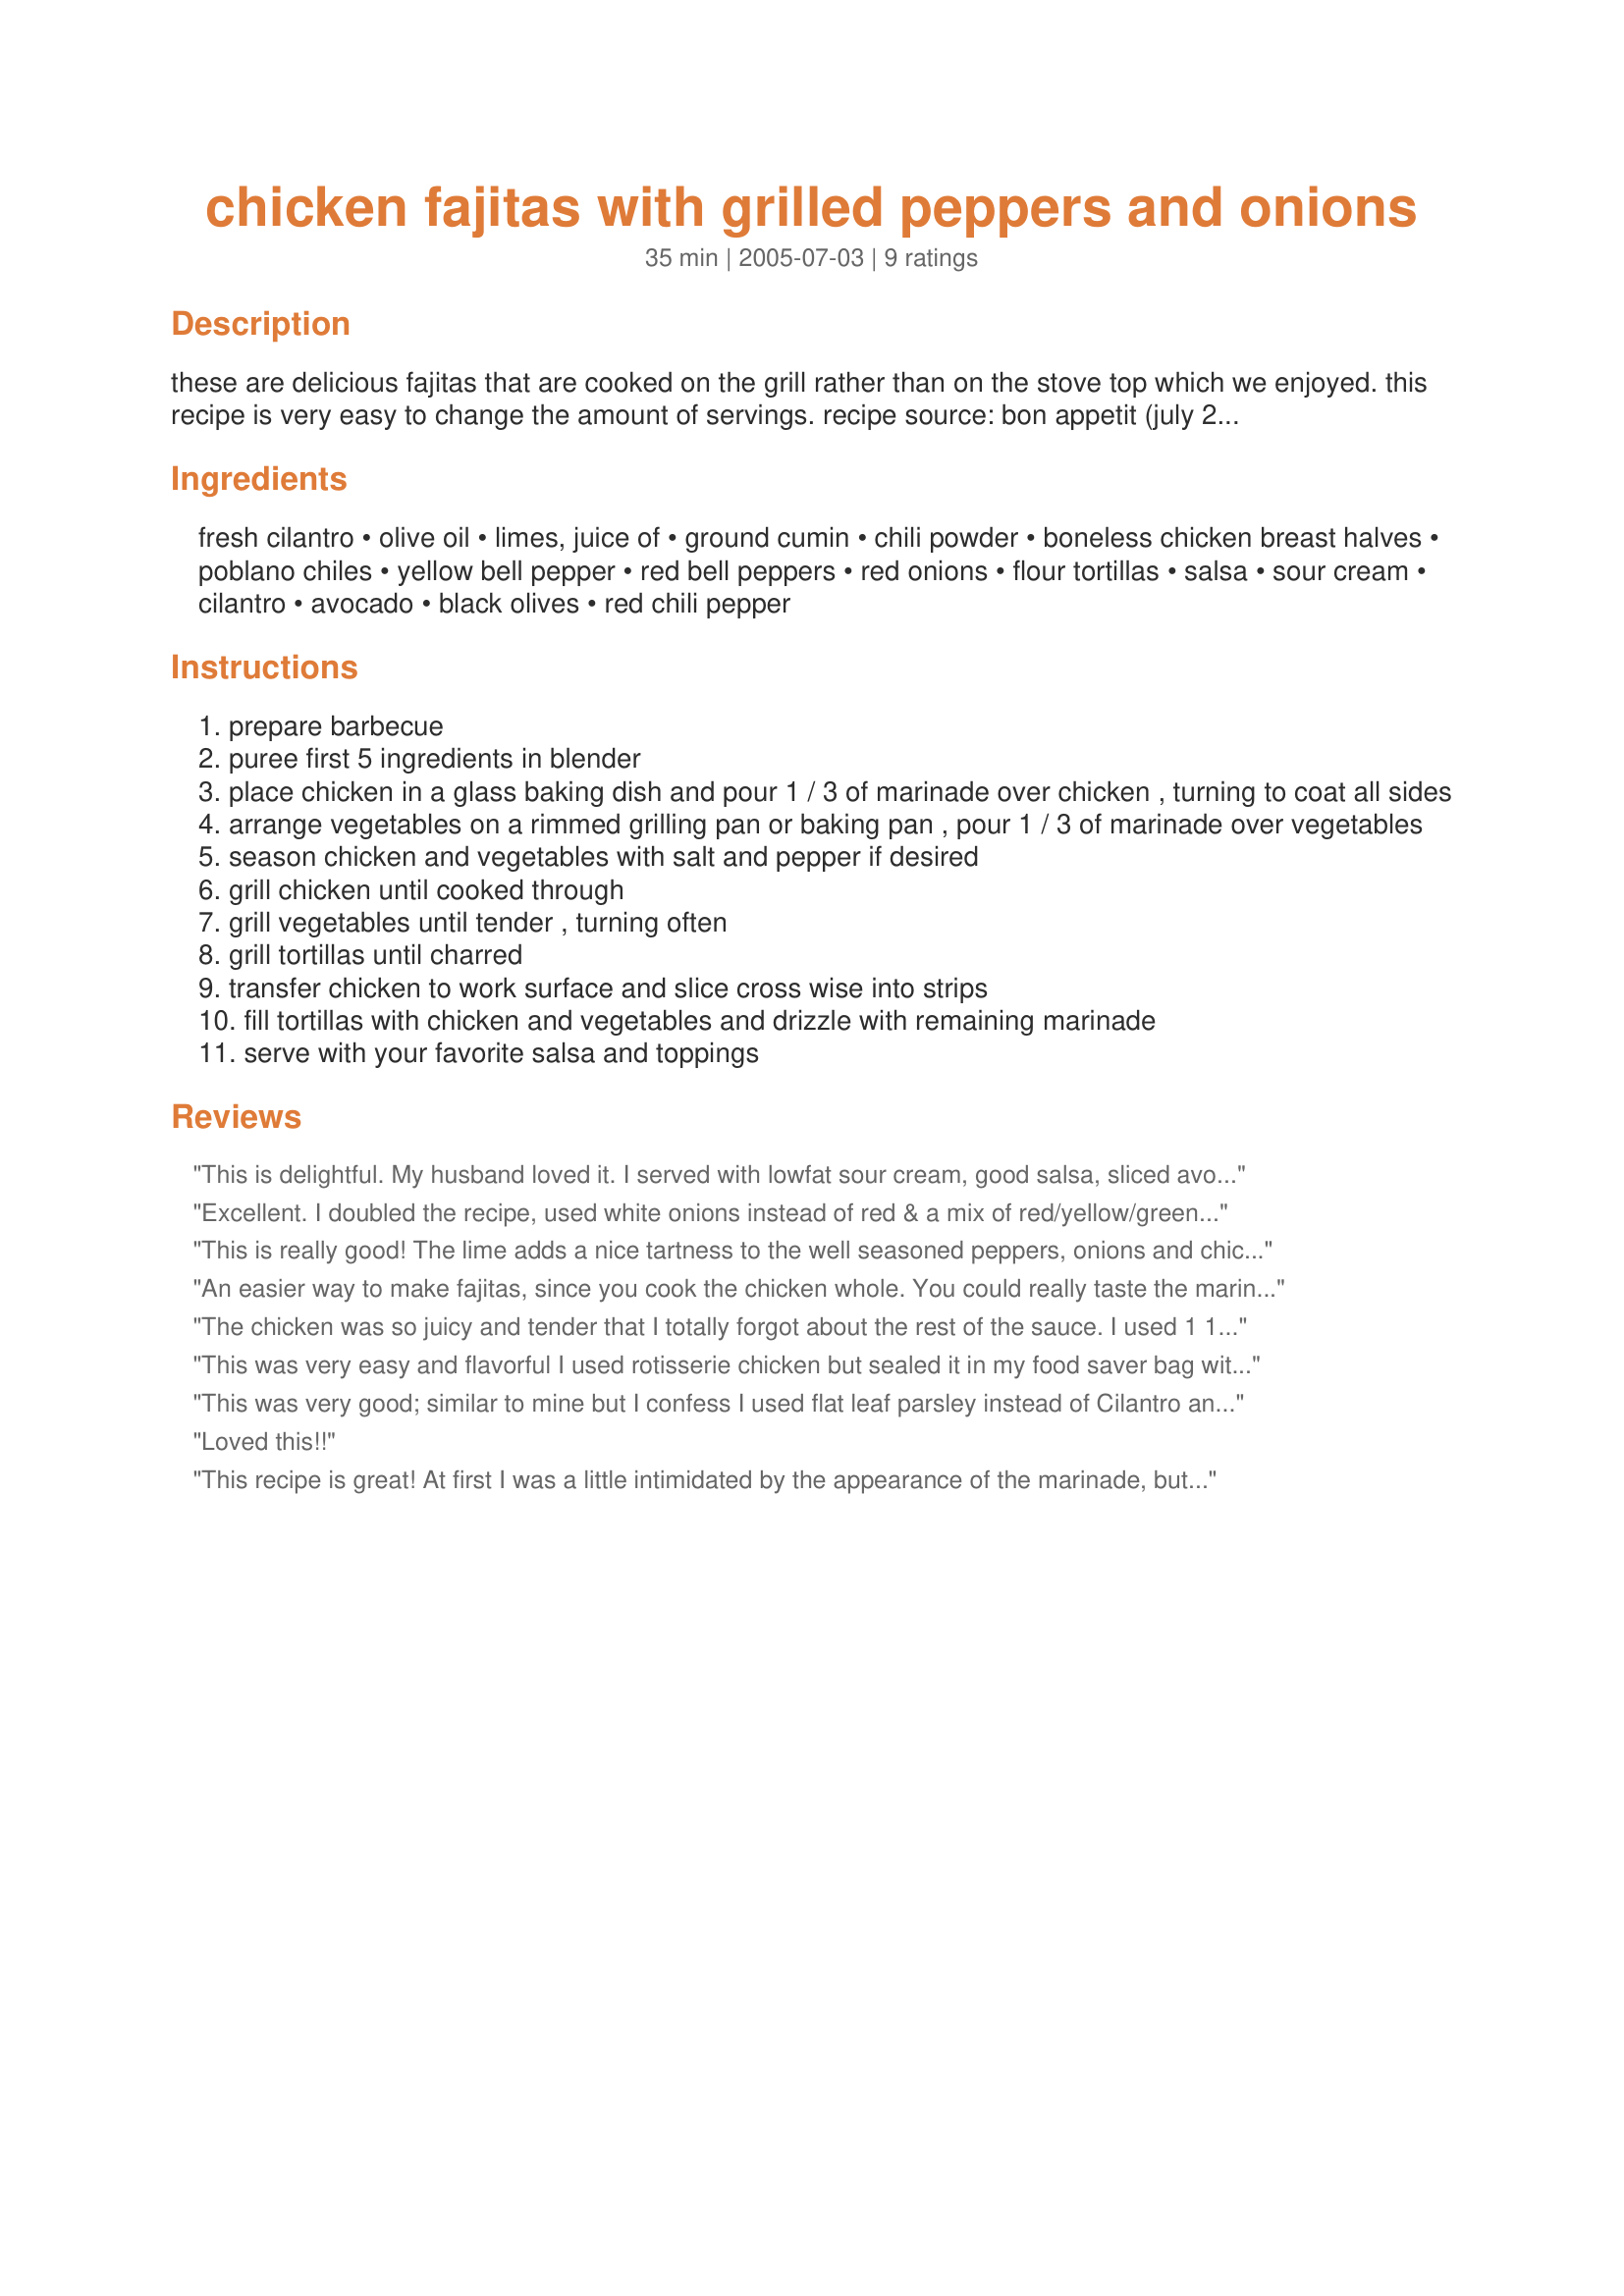
chicken fajitas with grilled peppers and onions
Preparation time: 35 minutes

these are delicious fajitas that are cooked on the grill rather than on the stove top which we enjoyed. this recipe is very easy to change the amount of servings. recipe source: bon appetit (july 2005)

Ingredients:
fresh cilantro, olive oil, limes, juice of, ground cumin, chili powder, boneless chicken breast halves, poblano chiles, yellow bell pepper, red bell peppers, red onions, flour tortillas, salsa, sour cream, cilantro, avocado, black olives, red chili pepper

Steps:
prepare barbecue
puree first 5 ingredients in blender
place chicken in a glass baking dish and pour 1 / 3 of marinade over chicken , turning to coat all sides
arrange vegetables on a rimmed grilling pan or baking pan , pour 1 / 3 of marinade over vegetables
season chicken and vegetables with salt and pepper if desired
grill chicken until cooked through
grill vegetables until tender , turning often
grill tortillas until charred
transfer chicken to work surface and slice cross wise into strips
fill tortillas with chicken and vegetables and drizzle with remaining marinade
serve with your favorite salsa and toppings

Reviews:
This is delightful. My husband loved it. I served with lowfat sour cream, good salsa, sliced avocado, and low fat cheese. My husband does not like cilantro. I used flat leaf parsley instead. I also used chicken tenders. It smeled just like a restaurant when i was grilling this. I would serve this to company.
Excellent. I doubled the recipe, used white onions instead of red & a mix of red/yellow/green bell peppers. I marinated the chicken about 3 hours, and it turned out so moist & flavorful. I served to DH and friends for a casual dinner, paired with Mean Chef's guacamole. This was just excellent. Thank you!
This is really good! The lime adds a nice tartness to the well seasoned peppers, onions and chicken. I poured the marinade over the chicken and vegetables and allowed them to sit about 30 minutes before putting on the grill. Topped these with fresh guacamole, salsa and yogurt. Completed the meal with Spinach Salad with Chili Lime Dressing #111983 by LonghornMama and Easy Black Beans and Rice #61726 by RitaL.
An easier way to make fajitas, since you cook the chicken whole. You could really taste the marinade in the chicken! It was my first time tasting poblano peppers (not spicy but mellow tasting) and I will include them again! I will be makeing this often. Thanks Ellie, for posting!
Roxygirl
The chicken was so juicy and tender that I totally forgot about the rest of the sauce. I used 1 1/2 pounds chicken breast, 1 onion, 2 peppers and that was plenty for the 4 of us. I didn`t have poblanos which I missed. I also think that the 4 inch tortillas would be perfect for this. My topping were recipe # 230486
recipe #234862 . Thanks!
This was very easy and flavorful I used rotisserie chicken but sealed it in my food saver bag with the marinade, before grilling. Worked perfectly.
This was very good; similar to mine but I confess I used flat leaf parsley instead of Cilantro and cumin.We loved it!
I made this for WT3; thanks for posting.
Rita
Loved this!!
This recipe is great! At first I was a little intimidated by the appearance of the marinade, but it turned out delicious. I would say this recipe easily feeds 8 people. We ate fajitas all week!
